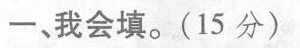
一、我会填。(15分)